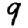
Digit: 9